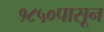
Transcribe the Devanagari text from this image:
१८५०पासून